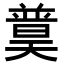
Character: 𡚈